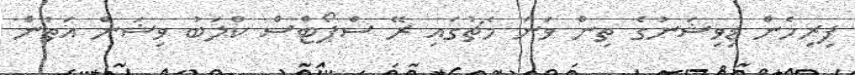
ފިރިހެން ޑިވިޝަނުގެ ތިން ވަނަ މެޗުގައި ރޭ ސްޕޯޓްސް ކްލަބު ވިޝަން އަތުން